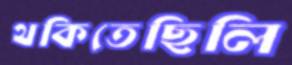
থকিতেছিলি